system: You are a helpful assistant.
user:
Analyze the provided spectrum to determine if it is a **S-type Star**.

- **Key Indicators for S-type Star:**

    - **(Overall Spectrum Shape):** The first and most obvious characteristic is the overall continuum (the "baseline" shape). It is **extremely "red-sloping,"** meaning the flux (light intensity) is very low on the left side (blue, ~4000-4500 Å) and rises steeply and continuously toward the right side (red, ~7000 Å+).

    - **(Primary):** The spectrum is defined by the presence of strong, broad molecular absorption "valleys" (bands) from **Zirconium Oxide (ZrO)**. The identification of these bands is the **primary requirement** for classifying a star as S-type.
        - **(Key Bandheads):** You must find distinct, deep "dips" where the light has been absorbed. The most critical band systems to locate are:
            - **~6474 Å** ($\gamma$-system): This is often the strongest and clearest ZrO feature, found in the red part of the spectrum.
            - **~5718 Å** & **~5551 Å** ($\beta$-system): A pair of prominent absorption features in the yellow-orange part of the spectrum.
            - **~4640 Å** ($\alpha$-system): A key absorption band system in the blue-green region of the spectrum.

    - **(Secondary Confirmation):** The classification is strengthened by finding additional absorption bands from other related heavy element oxides, which are expected to be present alongside ZrO.
        - **(Key Bandheads):**
            - **Yttrium Oxide (YO):** Look for absorption dips near **~4800 Å** and **~6100 Å**.
            - **Lanthanum Oxide (LaO):** Additional absorption features, particularly in the red-orange part of the spectrum, are also characteristic.

    - **(Line Profile):** The combination of the steep red continuum and these numerous, deep molecular bands (ZrO, YO, etc.) gives the entire spectrum a very **"chopped-up"** or **"bumpy"** appearance. Instead of a smooth curve, the spectrum looks as though large, wide chunks of light have been "carved out" of it at the specific wavelengths listed above.

Think first, call **spectral_visualization_tool** if needed to examine features in detail, then provide your final answer. Your response must adhere to the following strict rules:
1.  **Overall Structure:** Your response must follow the format `<think>...</think> <tool_call>...</tool_call> (if a tool is used) <answer>...</answer>`.
2.  **Tool Usage Constraint:** You may only make **one** tool call per turn.
3.  **Final Answer Format:** In the `<answer>` tag, your conclusion must be inside a `\boxed{}` command (e.g., `\boxed{YES}` or `\boxed{NO}`), followed by your justification.

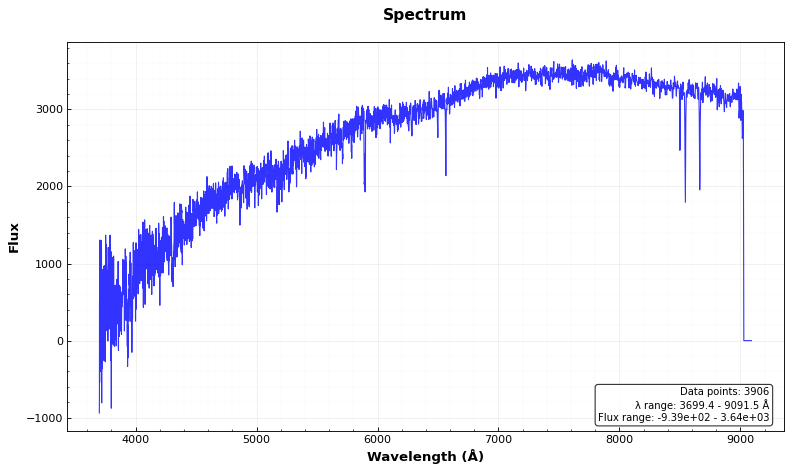
Answer: NO